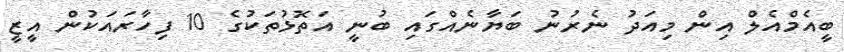
ބީއެމްއެލް އިން މިއަދު ނެރުނު ބަޔާނެއްގައި ބުނީ އަތޮޅުތަކުގެ 10 ފިހާރައަކުން އީޒީ